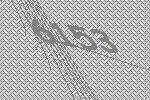
6153